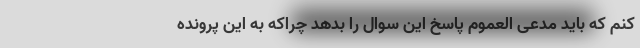
کنم که باید مدعی العموم پاسخ این سوال را بدهد چراکه به این پرونده